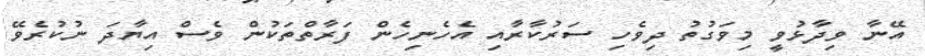
އޭނާ ވިދާޅުވީ މިވަގުތު ދިވެހި ސަރުކާރާއި އެހެނިހެން ފަރާތްތަކުން ވެސް އިޔާދަ ނުކުރެވޭ